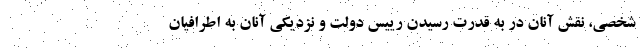
شخصی، نقش آنان در به قدرت رسیدن رییس دولت و نزدیکی آنان به اطرافیان